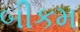
બીકમ